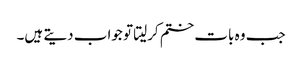
جب وہ بات ختم کرلیتا تو جواب دیتے ہیں۔